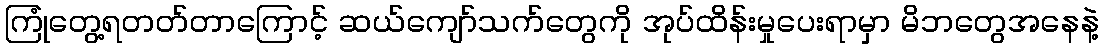
ကြုံတွေ့ရတတ်တာကြောင့် ဆယ်ကျော်သက်တွေကို အုပ်ထိန်းမှုပေးရာမှာ မိဘတွေအနေနဲ့